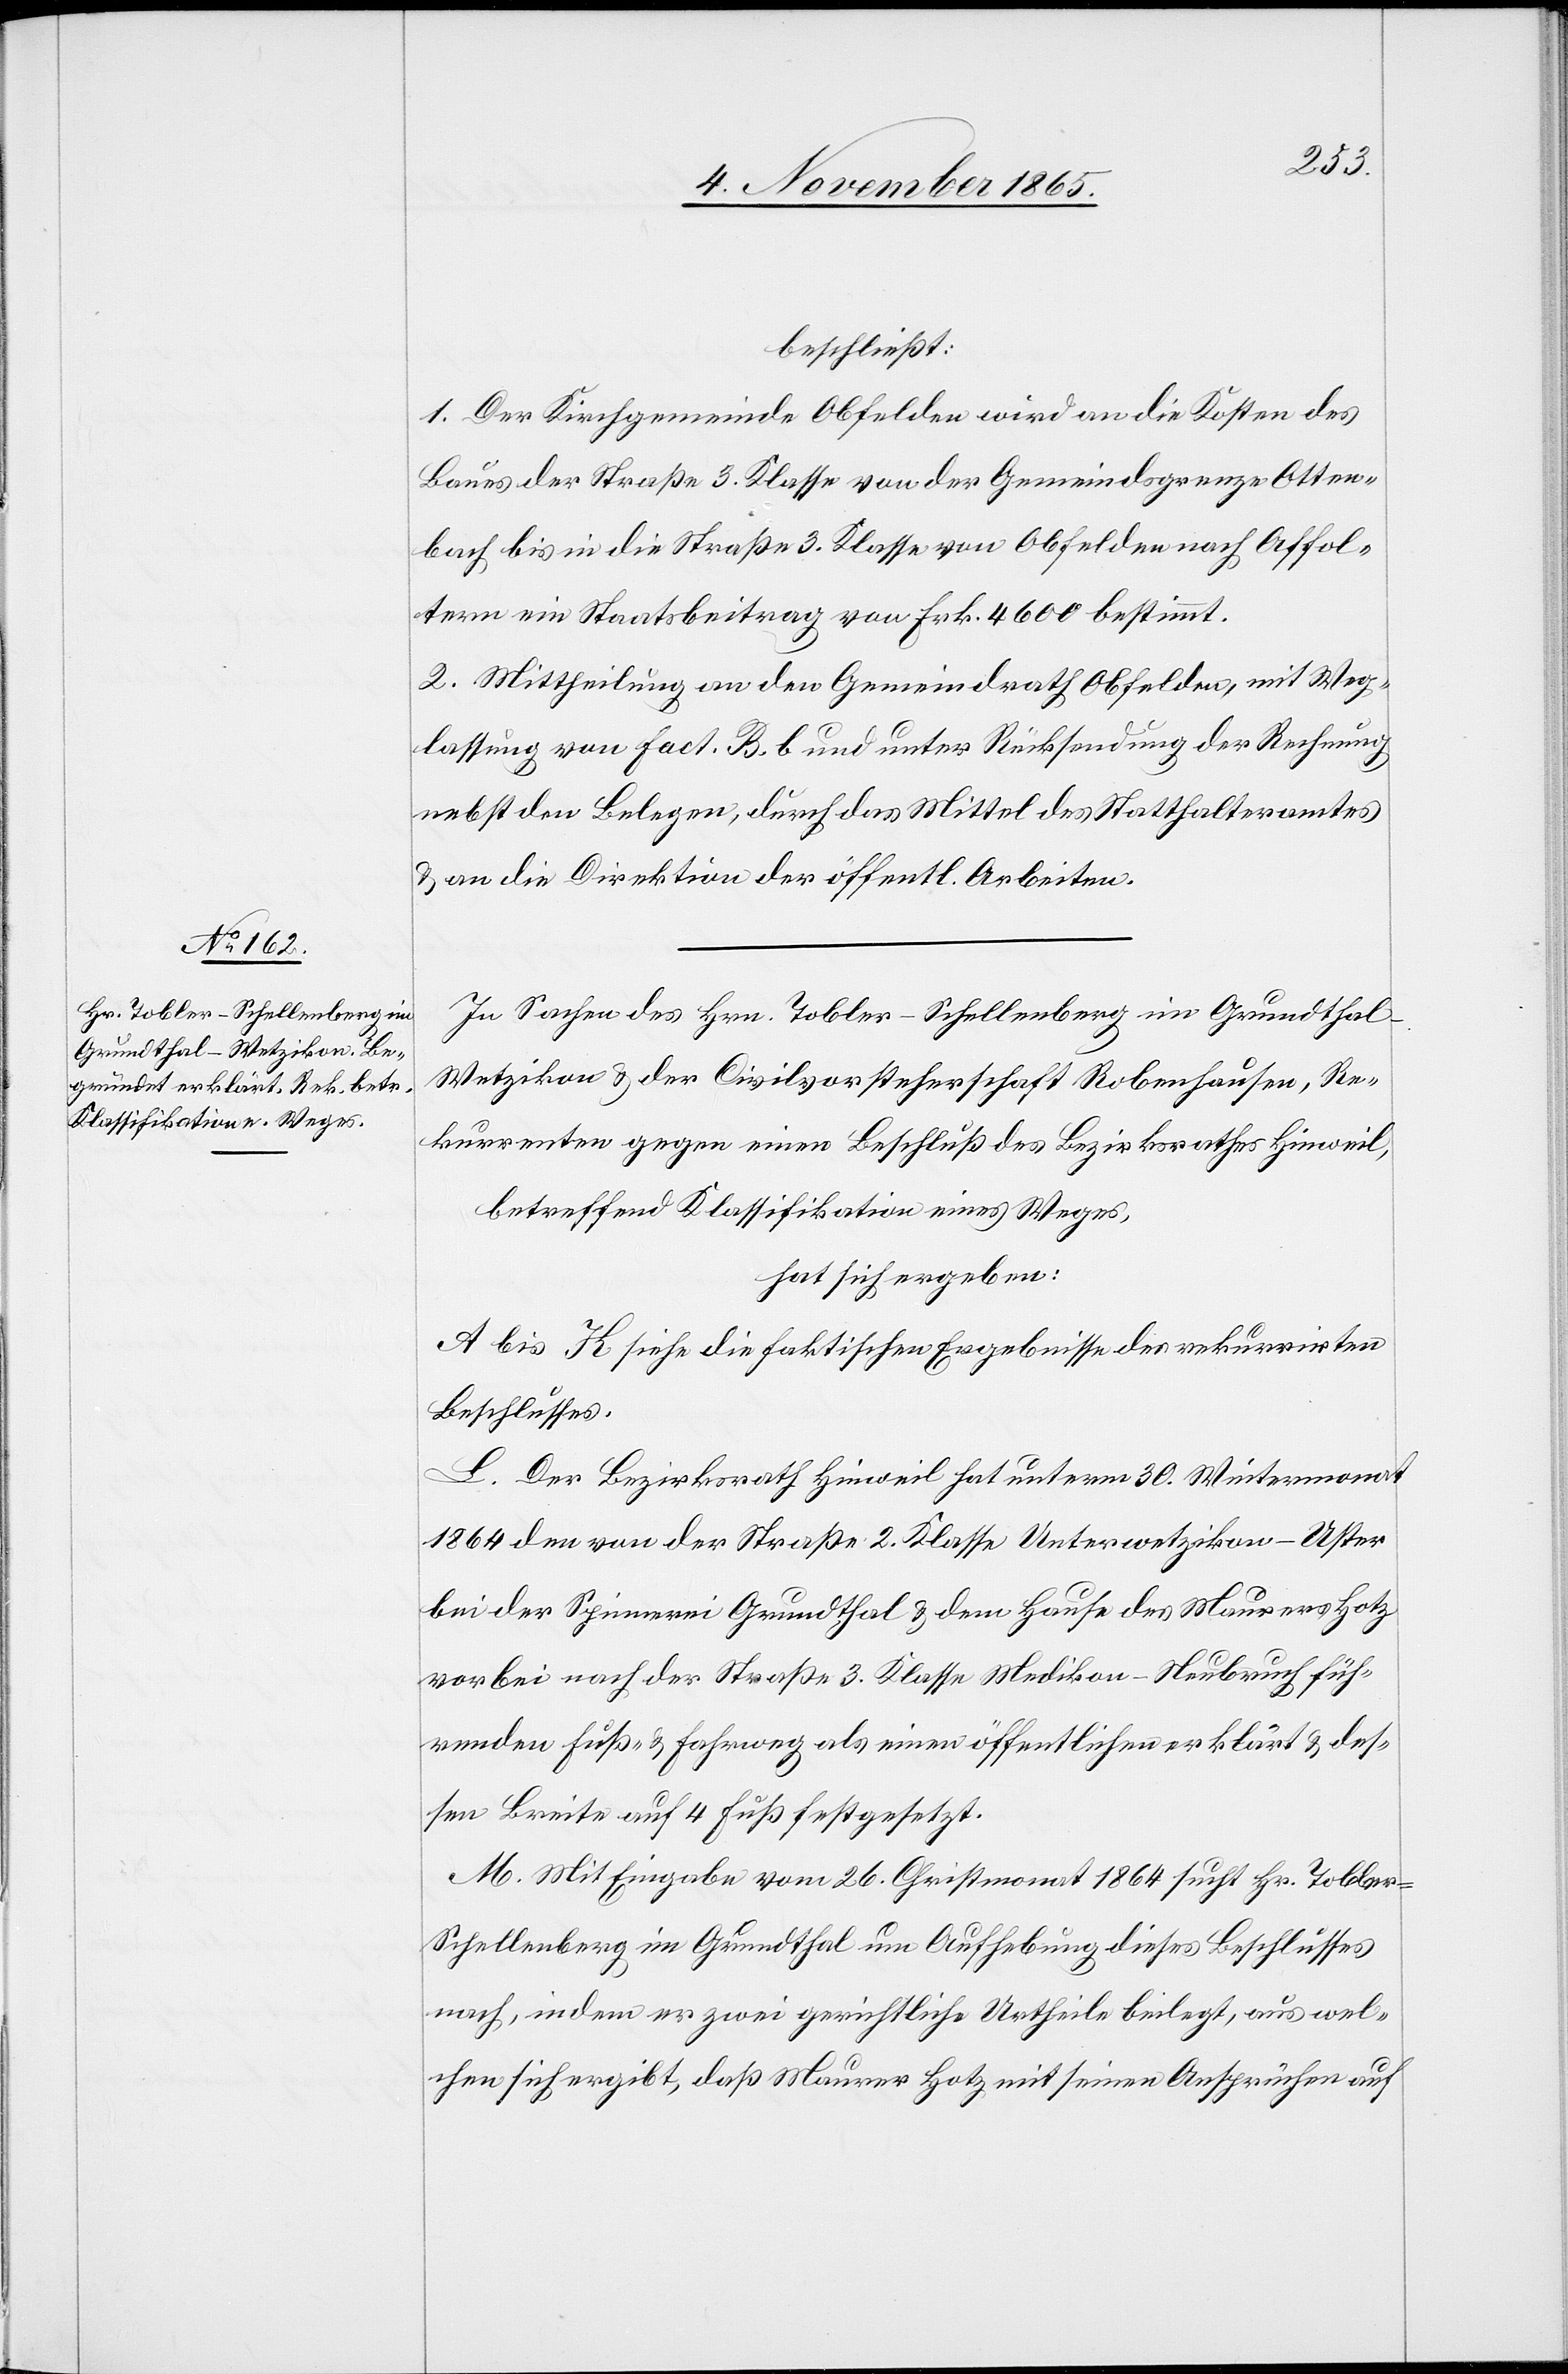
beschließt:
1. Der Kirchgemeinde Obfelden wird an die Kosten des
Baues der Straße 3. Klasse von der Gemeindsgrenze Otten¬
bach bis in die Straße 3. Klasse von Obfelden nach Affol¬
tern ein Staatsbeitrag von Frk. 4600 bestimmt.
2. Mittheilung an den Gemeindrath Obfelden, mit Weg¬
lassung von Fact. B. b und unter Rücksendung der Rechnung
nebst den Belegen, durch das Mittel des Statthalteramtes
& an die Direktion der öffentl. Arbeiten.
In Sachen des Hrn. Tobler-Schellenberg im Grundthal -
Wetzikon & der Civilvorsteherschaft Robenhausen, Re¬
kurrenten gegen einen Beschluß des Bezirksrathes Hinweil,
betreffend Klassifikation eines Weges,
hat sich ergeben:
A bis K siehe die faktischen Ergebnisse des rekurrirten
Beschlusses.
L. Der Bezirksrath Hinweil hat unterm 30. Wintermonat
1864 den von der Straße 2. Klasse Unterwetzikon–Uster
bei der Spinnerei Grundthal & dem Hause des Maurers Hotz
vorbei nach der Straße 3. Klasse Medikon–Neubruch füh¬
renden Fuß- & Fahrweg als einen öffentlichen erklärt & des¬
sen Breite auf 4 Fuß festgesetzt.
M. Mit Eingabe vom 26. Christmonat 1864 sucht Hr. Tobler-S¬
chellenberg im Grundthal um Aufhebung dieses Beschlusses
nach, indem er zwei gerichtliche Urtheile beilegt, aus wel¬
chen sich ergibt, daß Maurer Hotz mit seinen Ansprüchen auf